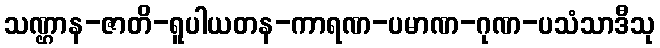
သဏ္ဌာန-ဇာတိ-ရူပါယတန-ကာရဏ-ပမာဏ-ဂုဏ-ပသံသာဒီသု